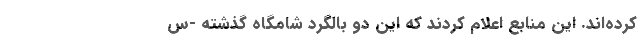
کرده‌اند. این منابع اعلام کردند که این دو بالگرد شامگاه گذشته -‌س